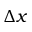
\Delta x